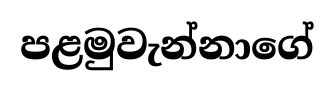
පළමුවැන්නාගේ